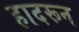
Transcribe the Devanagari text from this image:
हादरून